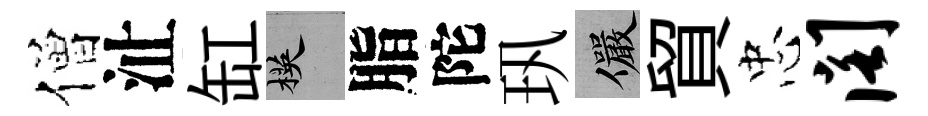
僧沚缸楧脂陀㺬儼貿忠阁